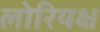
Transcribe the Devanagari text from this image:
लोरियक्ष